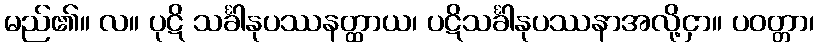
မည်၏။ လ။ ပုဋိ သင်္ခါနုပဿနတ္ထာယ၊ ပဋိသင်္ခါနုပဿနာအလို့ငှာ။ ပဝတ္တာ၊